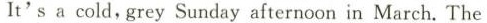
It's a cold,grey Sunday afternoon in March.The